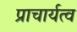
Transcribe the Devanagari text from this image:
प्राचार्यत्व